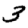
Digit: 3